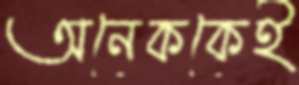
অনেককেই